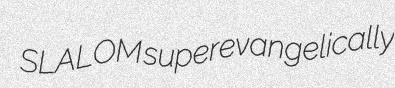
SLALOM superevangelically